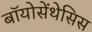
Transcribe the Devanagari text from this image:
बॉयोसेंथेसिस